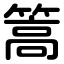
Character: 篙